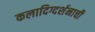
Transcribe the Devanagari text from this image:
कलादिग्दर्शनाची